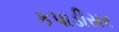
કપાડીસર